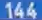
144